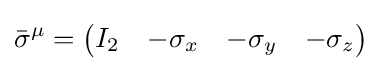
{\bar {\sigma }}^{\mu }={\begin{pmatrix}I_{2}&-\sigma _{x}&-\sigma _{y}&-\sigma _{z}\end{pmatrix}}